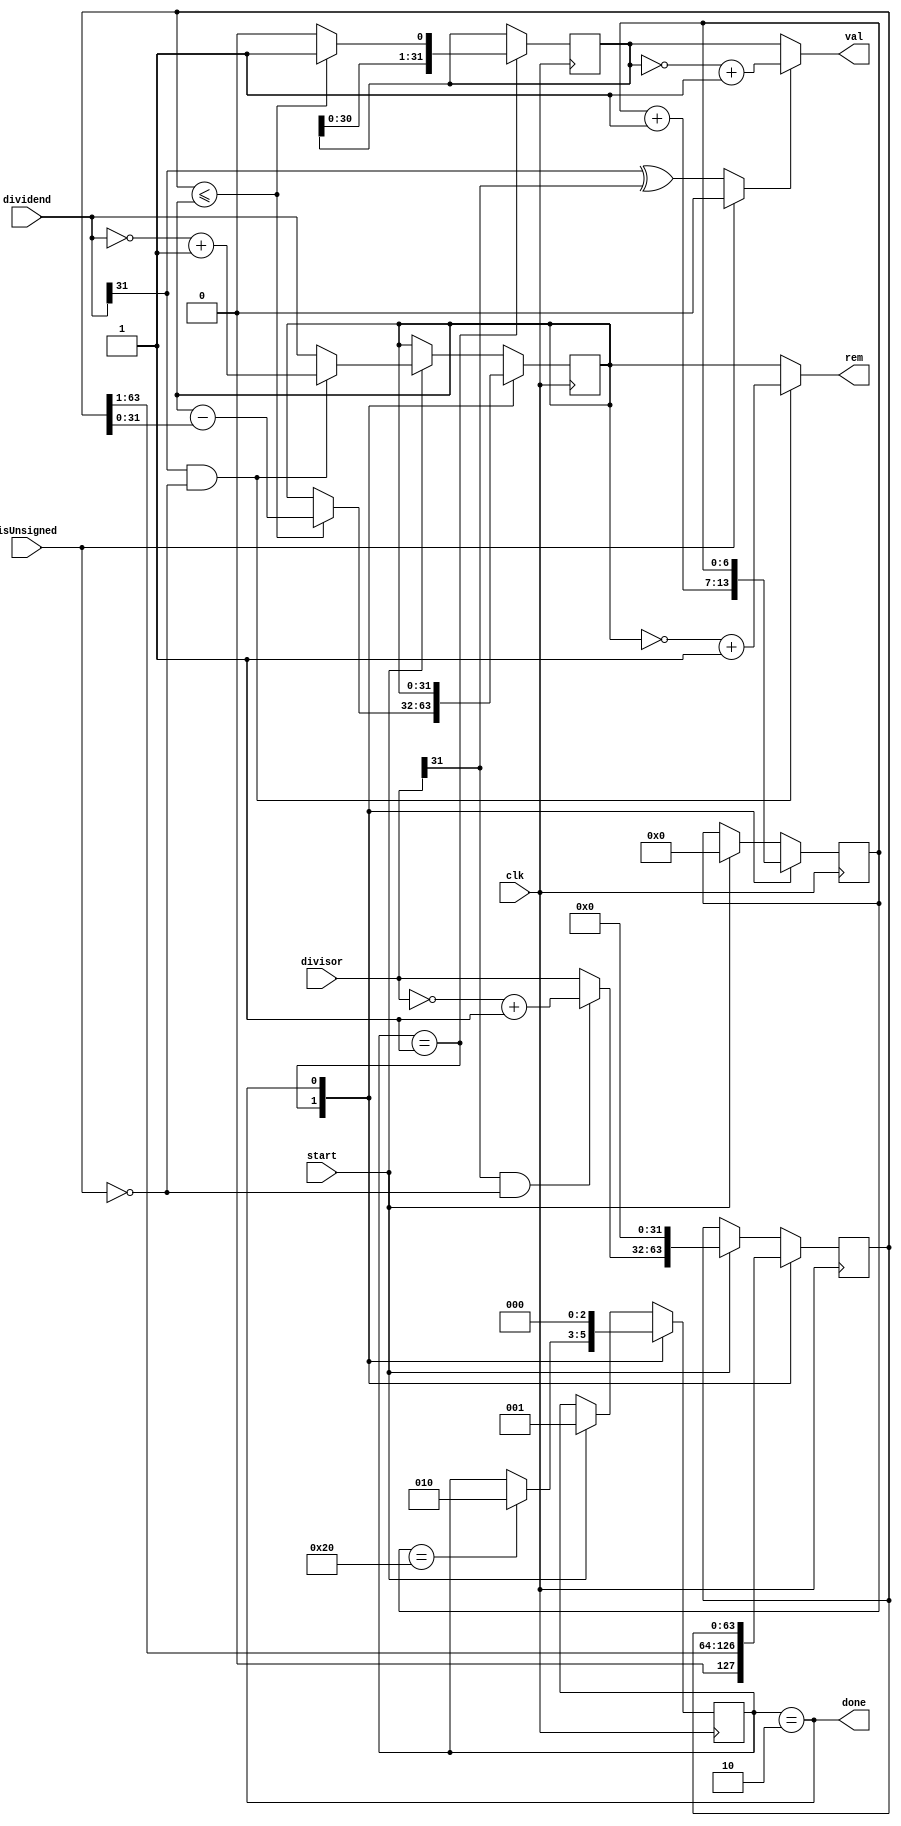
module Div (
    input clk,
    input [31:0] dividend,
    input [31:0] divisor,
    input isUnsigned,
    input start,
    output done,
    output [31:0] val,
    output [31:0] rem
);

    parameter IDLE = 0;
    parameter DIVIDE = 1;
    parameter FINISH = 2;

    initial begin
        state = IDLE;
    end

    reg [6:0] i;
    reg [63:0] tmp_divisor, next_tmp_divisor;
    reg [31:0] quo, next_quo, curr_rem, next_rem;
    wire [31:0] unsigned_dividend, unsigned_divisor;
    wire u_dividend_sign, u_divisor_sign, sign;
    reg [2:0] state;

    assign u_dividend_sign = dividend[31];
    assign u_divisor_sign = divisor[31];
    assign sign = isUnsigned ? 0 : u_dividend_sign ^ u_divisor_sign;

    assign unsigned_dividend = (u_dividend_sign & ~isUnsigned) ? ~dividend + 1 : dividend;
    assign unsigned_divisor = (u_divisor_sign & ~isUnsigned) ? ~divisor + 1 : divisor;

    assign val = (sign) ? (~quo + 1) : quo;
    assign rem = (u_dividend_sign & ~isUnsigned) ? (~curr_rem + 1) : curr_rem;

    always @(tmp_divisor, curr_rem, quo) begin
        if (tmp_divisor <= {32'b0, curr_rem}) begin
          next_rem = curr_rem - tmp_divisor[31:0];
          next_quo = {quo[30:0], 1'b1};
          next_tmp_divisor = tmp_divisor >> 1;
        end else begin
          next_rem = curr_rem;
          next_quo = quo << 1;
          next_tmp_divisor = tmp_divisor >> 1;
        end
    end

    assign done = (state == FINISH);
    always @(posedge clk) begin
        case (state)
            DIVIDE: begin
                if (i == 32) state <= FINISH;
                i <= i + 1;
                tmp_divisor <= next_tmp_divisor;
                curr_rem <= next_rem;
                quo <= next_quo;
            end
            FINISH: begin
                state <= IDLE;
            end
            default: begin //IDLE
                if (start) begin
                state <= DIVIDE;
                i <= 0;
                curr_rem <= unsigned_dividend;
                tmp_divisor <= {unsigned_divisor, 32'b0};
                end
            end
        endcase
    end
endmodule